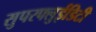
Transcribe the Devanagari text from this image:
सुपरफ्लुईडिटी